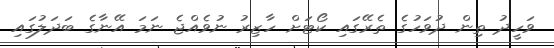
ވަހީދު ތިން ދުވަހުގެ ތެރޭގައި ކޯޓަށް ހާޒިރު ނުވެއްޖެ ނަމަ އޭނާގެ ބަދަލުގައި